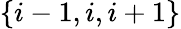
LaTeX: \{ i-1,i,i+1\}